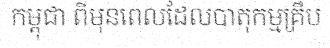
កម្ពុជា ពីមុនពេលដែលបាតុកម្មគ្រឹប